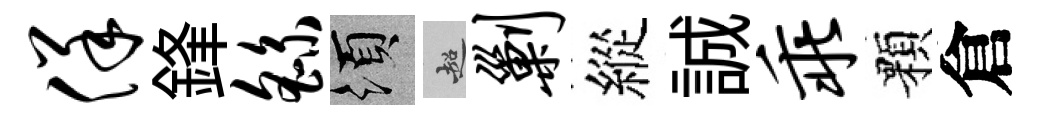
佯鋒繇須超剿縱誠乖顆倉